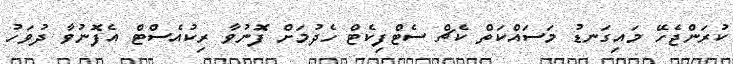
ކުރަންޖެހޭ މައިގަނޑު މަސައްކަތް ކެޗް ސެޓްފިކެޓް ހެދުމަށް ފޮނުވާ ރިކުއެސްޓް އެފޮނުވާ ދުވަހު